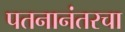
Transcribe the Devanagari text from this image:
पतनानंतरचा